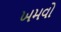
ખમવો